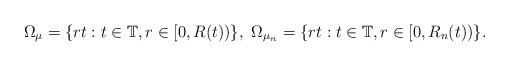
LaTeX: \begin{align*}\Omega_{\mu}=\{rt:t\in\mathbb{T},r\in[0,R(t))\},\ \Omega_{\mu_{n}}=\{rt:t\in\mathbb{T},r\in[0,R_{n}(t))\}.\end{align*}